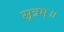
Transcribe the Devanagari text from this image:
सूत्रम्॥